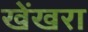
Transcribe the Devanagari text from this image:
खेंखरा